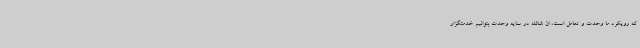
که رویکرد ما وحدت و تعامل است، ان شالله در سایه وحدت بتوانیم خدمتگزار